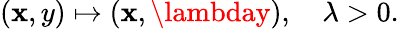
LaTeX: (\mathbf{x},y)\mapsto(\mathbf{x},\lambday),\quad\lambda>0.